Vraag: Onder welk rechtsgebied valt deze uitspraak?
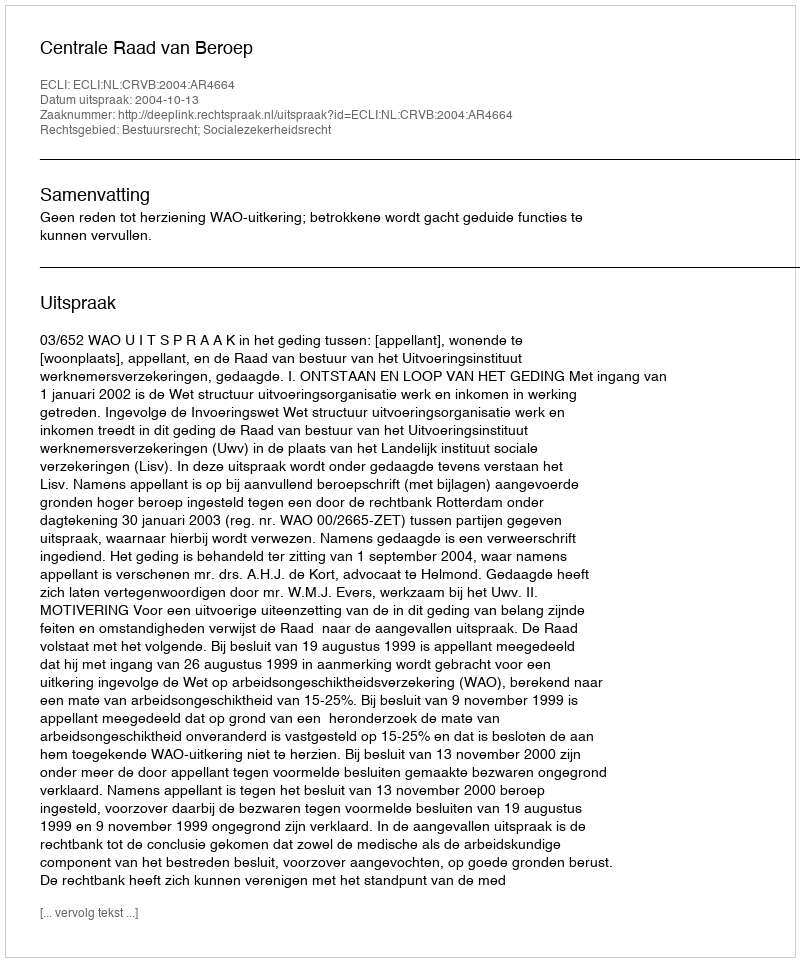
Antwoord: Bestuursrecht; Socialezekerheidsrecht